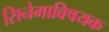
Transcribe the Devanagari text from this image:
सिनेमाविषयक